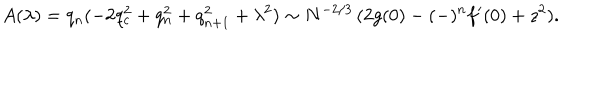
A ( \lambda ) = q _ { n } ( - 2 q _ { c } ^ { 2 } + q _ { n } ^ { 2 } + q _ { n + 1 } ^ { 2 } + \lambda ^ { 2 } ) \sim N ^ { - 2 / 3 } \, ( 2 g ( 0 ) - ( - ) ^ { n } f ^ { \prime } ( 0 ) + z ^ { 2 } ) .